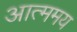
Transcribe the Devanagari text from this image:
आत्ममय